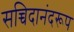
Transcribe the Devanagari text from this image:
सच्चिदानंदरूप